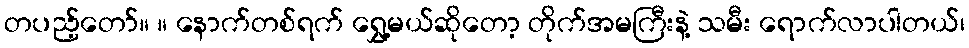
တပည့်တော်။ ။ နောက်တစ်ရက် ရွှေ့မယ်ဆိုတော့ တိုက်အမကြီးနဲ့ သမီး ရောက်လာပါတယ်၊